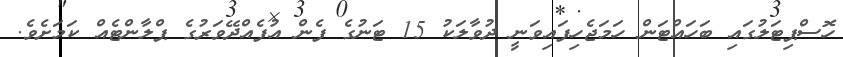
ހޮސްޕިޓަލުގައި ބަހައްޓަން ހަމަޖެހިފައިވަނީ ދުވާލަކު 15 ޓަނުގެ ފެން އުފެއްދޭވަރުގެ ޕްލާންޓެއް ކަމަށެވެ.